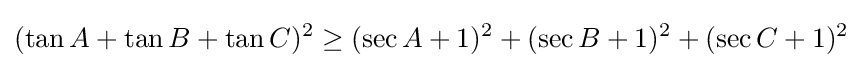
(\tan A+\tan B+\tan C)^{2}\geq (\sec A+1)^{2}+(\sec B+1)^{2}+(\sec C+1)^{2}